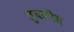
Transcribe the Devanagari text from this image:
तुवळीस